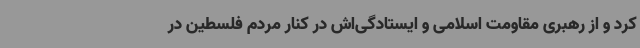
کرد و از رهبری مقاومت اسلامی و ایستادگی‌اش در کنار مردم فلسطین در